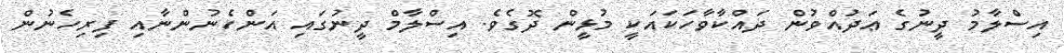
އިސްލާމު ދީނުގެ ޢަދުއްވުން ދައްކާވާހަކައަކީ މުޅީން ދޮގެވެ. އިސްލާމް ދީނުގައި އަންހެނުންނާއި ފިރިހެނުން